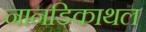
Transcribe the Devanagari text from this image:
नानडिकाथल